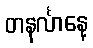
တနင်္လာနေ့